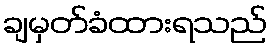
ချမှတ်ခံထားရသည်